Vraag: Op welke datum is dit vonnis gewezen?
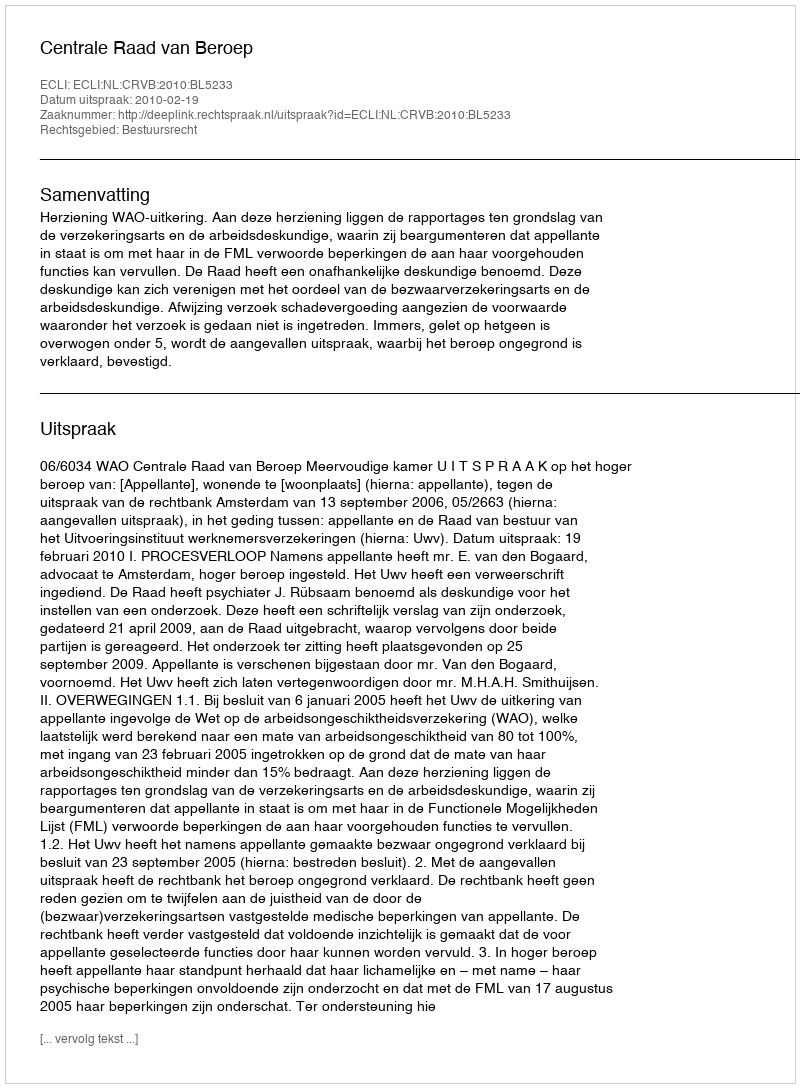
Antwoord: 2010-02-19